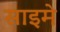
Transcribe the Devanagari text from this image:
साइमे